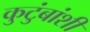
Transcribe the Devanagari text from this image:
कुटुंबांशी